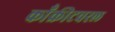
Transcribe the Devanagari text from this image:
काँक्रीटवरल